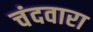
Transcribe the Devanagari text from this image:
चंदवारा